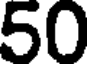
50